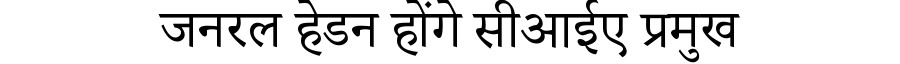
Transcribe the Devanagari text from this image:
जनरल हेडन होंगे सीआईए प्रमुख